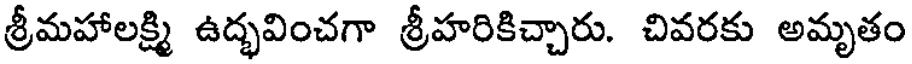
శ్రీమహాలక్ష్మి ఉద్భవించగా శ్రీహరికిచ్చారు. చివరకు అమృతం